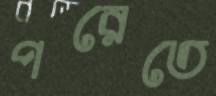
পরেতে